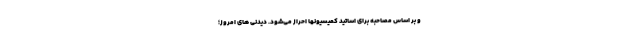
و بر اساس مصاحبه برای اساتید کمیسیونها احراز می‌شود. دیدنی های امروز؛